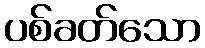
ပစ်ခတ်သော